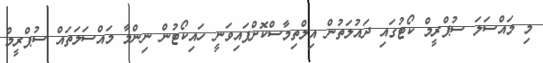
މި މައްސަލަ ސުޕްރީމް ކޯޓުގައި ދައުލަތުން އިލްތިމާސްކޮށްފައިވަނީ ހައިކޯޓުން ނިންމާ މައްސަލަތައް ސުޕްރީމް